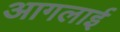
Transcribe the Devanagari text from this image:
आगलाई